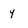
Character: y